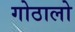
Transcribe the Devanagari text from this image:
गोठालो